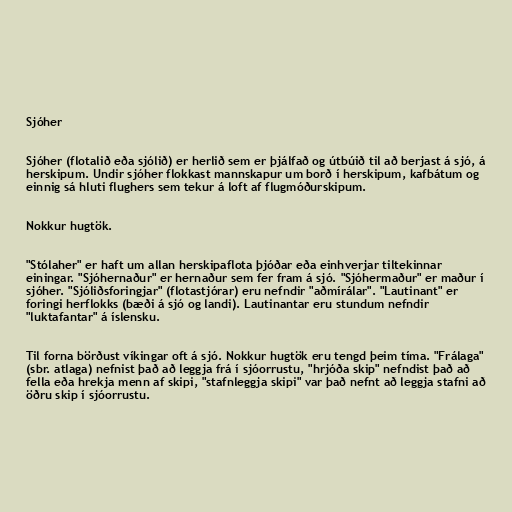
Sjóher

Sjóher (flotalið eða sjólið) er herlið sem er þjálfað og útbúið til að berjast á sjó, á
herskipum. Undir sjóher flokkast mannskapur um borð í herskipum, kafbátum og
einnig sá hluti flughers sem tekur á loft af flugmóðurskipum.

Nokkur hugtök.

"Stólaher" er haft um allan herskipaflota þjóðar eða einhverjar tiltekinnar
einingar. "Sjóhernaður" er hernaður sem fer fram á sjó. "Sjóhermaður" er maður í
sjóher. "Sjóliðsforingjar" (flotastjórar) eru nefndir "aðmírálar". "Lautinant" er
foringi herflokks (bæði á sjó og landi). Lautinantar eru stundum nefndir
"luktafantar" á íslensku.

Til forna börðust víkingar oft á sjó. Nokkur hugtök eru tengd þeim tíma. "Frálaga"
(sbr. atlaga) nefnist það að leggja frá í sjóorrustu, "hrjóða skip" nefndist það að
fella eða hrekja menn af skipi, "stafnleggja skipi" var það nefnt að leggja stafni að
öðru skip í sjóorrustu.